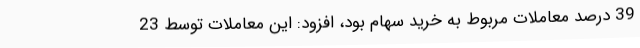
39 درصد معاملات مربوط به خرید سهام بود، افزود: این معاملات توسط 23